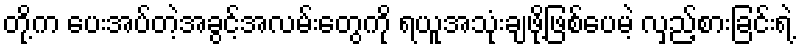
တို့က ပေးအပ်တဲ့အခွင့်အလမ်းတွေကို ရယူအသုံးချဖို့ဖြစ်ပေမဲ့ လှည့်စားခြင်းရဲ့